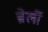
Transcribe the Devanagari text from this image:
ब्रेर्ली